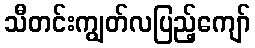
သီတင်းကျွတ်လပြည့်ကျော်